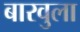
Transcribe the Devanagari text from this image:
बारवुला